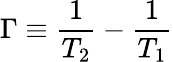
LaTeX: \Gamma\equiv\frac{1}{T_{2}}-\frac{1}{T_{1}}